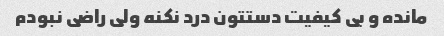
مانده و بی کیفیت دستتون درد نکنه ولی راضی نبودم